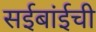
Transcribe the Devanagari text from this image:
सईबांईची